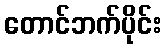
တောင်ဘက်ပိုင်း